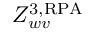
Z _ { w v } ^ { \mathrm { 3 , R P A } }